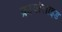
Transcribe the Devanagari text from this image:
क्रायोलाइड